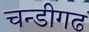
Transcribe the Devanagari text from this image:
चन्डीगढ